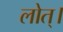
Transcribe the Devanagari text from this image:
लोत्।